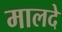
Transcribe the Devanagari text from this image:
मालदे